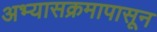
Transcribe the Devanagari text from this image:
अभ्यासक्रमापासून